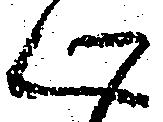
心